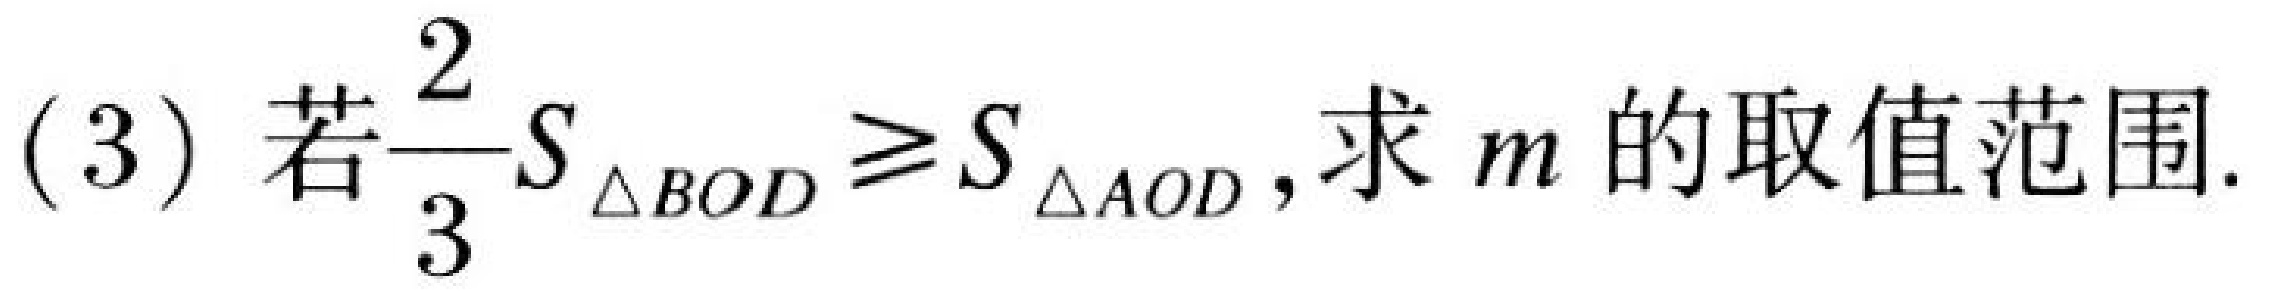
(3)若\(\frac{2}{3}S_{\triangle BOD}\geq S_{\triangle AOD}\),求\(m\)的取值范围.